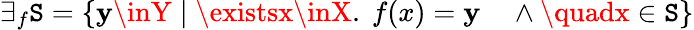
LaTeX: \exists_{f}\mathtt{S}=\{ \mathbf{y}\inY\; |\; \existsx\inX.\ f(x)=\mathbf{y}\quad\land\quadx\in\mathtt{S}\}